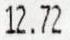
12.72